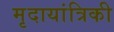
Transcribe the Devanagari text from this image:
मृदायांत्रिकी